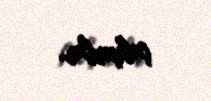
çalışırlar.